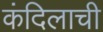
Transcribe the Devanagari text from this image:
कंदिलाची